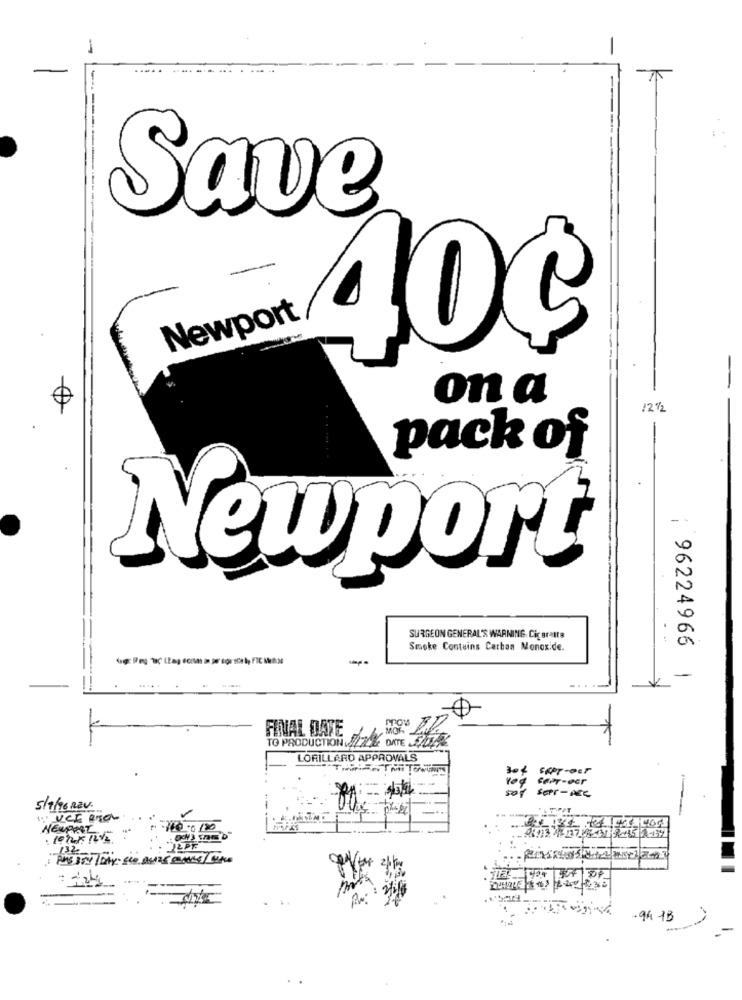
Save
Newport 403
on a
/2 1/2
pack of
-
Newport
SURGEON GENERAL'S WARNING. Ciçaraste
Smoke Contains Carbon Monoxide.
96224966
-
FINAL DATE
MOR
TO PRODUCTION 742 DITE 5/072
LORILLARD APPROVALS
304
Yod SePr-oer
soy ser-NEC
5/7/96 REV.
...
1. UCE BIEN
NEWPORT
38713:16237 -8-37 9-15 2-37
: 124
-94-13